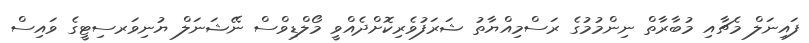
ފައިނަލް މެޗާއި މުބާރާތް ނިންމުމުގެ ރަސްމިއްޔާތު ޝަރަފުވެރިކޮށްދެއްވީ މޯލްޑިވްސް ނޭޝަނަލް ޔުނިވަރސިޓީގެ ވައިސް